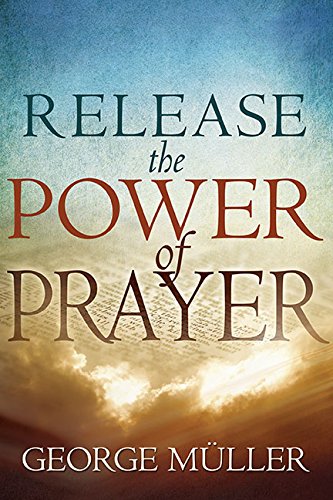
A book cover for Release The Power Of Prayer; George Muller; Religion & Spirituality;